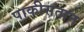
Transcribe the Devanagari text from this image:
पाकीसतान